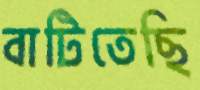
বাটিতেছি